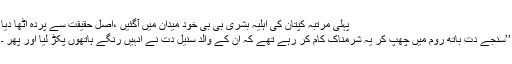
پہلی مرتبہ کپتان کی اہلیہ بشریٰ بی بی خود میدان میں آگئیں ،اصل حقیقت سے پردہ اٹھا دیا
’’سنجے دت باتھ روم میں چھپ کر یہ شرمناک کام کر رہے تھے کہ ان کے والد سنیل دت نے انہیں رنگے ہاتھوں پکڑ لیا اور پھر ۔